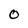
Character: O